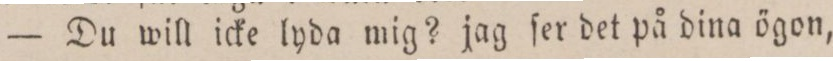
— Du will icke lyda mig? jag ſer det på dina ögon,